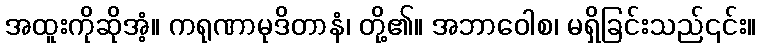
အထူးကိုဆိုအံ့။ ကရုဏာမုဒိတာနံ၊ တို့၏။ အဘာဝေါစ၊ မရှိခြင်းသည်၎င်း။